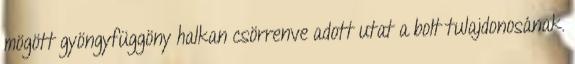
mögött gyöngyfüggöny halkan csörrenve adott utat a bolt tulajdonosának.